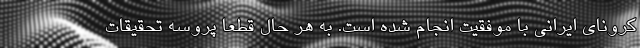
کرونای ایرانی با موفقیت انجام شده است. به هر حال قطعا پروسه تحقیقات